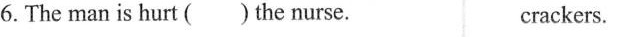
6. The man is hurt ( ) the nurse. crackers.